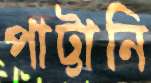
পাট্টানি